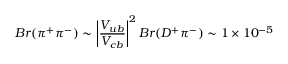
B r ( \pi ^ { + } \pi ^ { - } ) \sim \left| { \frac { V _ { u b } } { V _ { c b } } } \right| ^ { 2 } B r ( D ^ { + } \pi ^ { - } ) \sim 1 \times 1 0 ^ { - 5 }